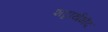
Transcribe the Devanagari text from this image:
शब्दार्थभेद